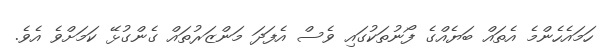
ހަމައެހެންމެ އެތައް ބަޔެއްގެ ފޯނުތަކުގައި ވެސް އެފަދަ މަންޒަރުތައް ގެންގުޅޭ ކަމަށްވެ އެވެ.